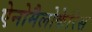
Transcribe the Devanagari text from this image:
ऐनोमैलोकेरिस